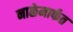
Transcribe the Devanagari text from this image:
नाळेमार्फत